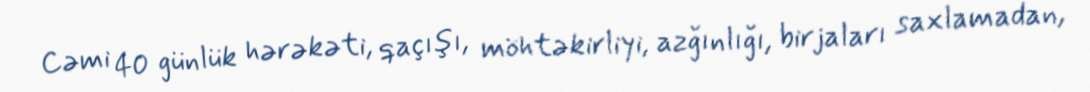
Cəmi 40 günlük hərəkəti, qaçışı, möhtəkirliyi, azğınlığı, birjaları saxlamadan,